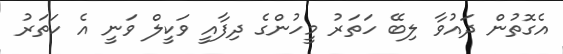
އެގޮތުން ދައުވާ ލިބޭ ހަތަރު މީހުންގެ ދިފާއީ ވަކީލް ވަނީ އެ ހަތަރު